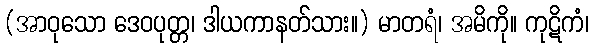
(အာဝုသော ဒေဝပုတ္တ၊ ဒါယကာနတ်သား။) မာတရံ၊ အမိကို။ ကုဋိကံ၊